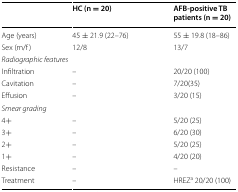
<table><thead><tr><td></td><td><b>HC (n = 20)</b></td><td><b>AFB-positive TB patients (n = 20)</b></td></tr></thead><tbody><tr><td>Age (years)</td><td>45 ± 21.9 (22–76)</td><td>55 ± 19.8 (18–86)</td></tr><tr><td>Sex (m/f)</td><td>12/8</td><td>13/7</td></tr><tr><td colspan="3"><i>Radiographic features</i></td></tr><tr><td>Infiltration</td><td>–</td><td>20/20 (100)</td></tr><tr><td>Cavitation</td><td>–</td><td>7/20(35)</td></tr><tr><td>Effusion</td><td>–</td><td>3/20 (15)</td></tr><tr><td colspan="3"><i>Smear grading</i></td></tr><tr><td>4+</td><td>–</td><td>5/20 (25)</td></tr><tr><td>3+</td><td>–</td><td>6/20 (30)</td></tr><tr><td>2+</td><td>–</td><td>5/20 (25)</td></tr><tr><td>1+</td><td>–</td><td>4/20 (20)</td></tr><tr><td>Resistance</td><td>–</td><td>–</td></tr><tr><td>Treatment</td><td>–</td><td>HREZ<sup>a</sup> 20/20 (100)</td></tr></tbody></table>